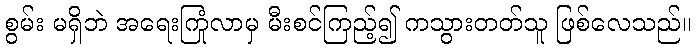
စွမ်း မရှိဘဲ အရေးကြုံလာမှ မီးစင်ကြည့်၍ ကသွားတတ်သူ ဖြစ်လေသည်။